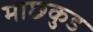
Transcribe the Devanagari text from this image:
माछकुड